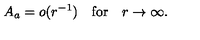
A _ { a } = o ( r ^ { - 1 } ) \quad \mathrm { f o r } \quad r \to \infty .